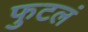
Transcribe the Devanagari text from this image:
फुटलं